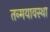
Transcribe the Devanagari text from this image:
तन्मयावस्था